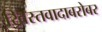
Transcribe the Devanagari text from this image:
ख्रिस्तवादाबरोबर